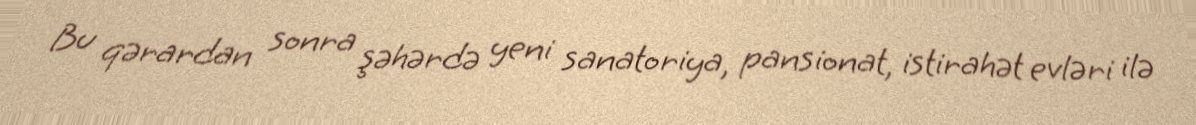
Bu qərardan sonra şəhərdə yeni sanatoriya, pansionat, istirahət evləri ilə